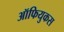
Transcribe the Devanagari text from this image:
ऑफियुकस